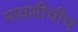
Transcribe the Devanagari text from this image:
मावशीचीच